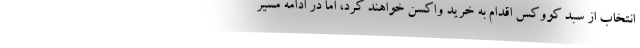
انتخاب از سبد کووکس اقدام به خرید واکسن خواهند کرد، اما در ادامه مسیر